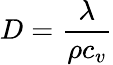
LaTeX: D=\frac{\lambda}{\rho c_{v}}